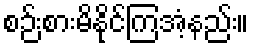
စဉ်းစားမိနိုင်ကြအံ့နည်း။